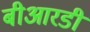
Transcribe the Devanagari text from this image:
बीआरडी